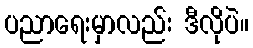
ပညာရေးမှာလည်း ဒီလိုပဲ။